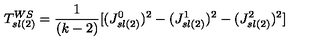
T _ { s l ( 2 ) } ^ { W S } = { \frac { 1 } { ( k - 2 ) } } [ ( J _ { s l ( 2 ) } ^ { 0 } ) ^ { 2 } - ( J _ { s l ( 2 ) } ^ { 1 } ) ^ { 2 } - ( J _ { s l ( 2 ) } ^ { 2 } ) ^ { 2 } ]